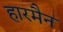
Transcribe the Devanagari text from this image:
हारमैन